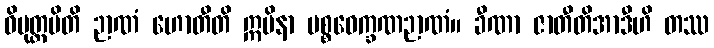
ဝိမုတ္တမိတိ ဉာဏံ ဟောတီတိ ဣမိနာ ပစ္စဝေက္ခဏဉာဏံ။ ခီဏာ ဇာတီတိအာဒီဟိ တဿ